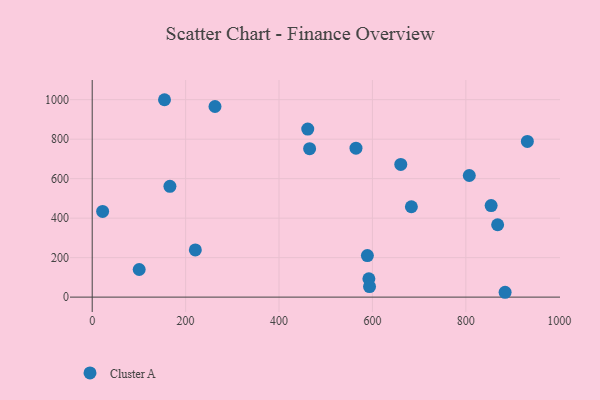
{"axis": {"x": "Experience", "y": "Exam Score"}, "legend": ["Cluster A"], "data": [{"x": "262.9", "y": 965.5, "type": "Cluster A"}, {"x": "683.4", "y": 457.7, "type": "Cluster A"}, {"x": "589.2", "y": 210.3, "type": "Cluster A"}, {"x": "166.4", "y": 561.1, "type": "Cluster A"}, {"x": "660.7", "y": 671.9, "type": "Cluster A"}, {"x": "465.5", "y": 751.7, "type": "Cluster A"}, {"x": "100.6", "y": 139.9, "type": "Cluster A"}, {"x": "22.3", "y": 433.8, "type": "Cluster A"}, {"x": "868.1", "y": 366.4, "type": "Cluster A"}, {"x": "461.5", "y": 851.0, "type": "Cluster A"}, {"x": "854.2", "y": 463.4, "type": "Cluster A"}, {"x": "884.1", "y": 24.5, "type": "Cluster A"}, {"x": "807.4", "y": 615.8, "type": "Cluster A"}, {"x": "564.8", "y": 754.5, "type": "Cluster A"}, {"x": "931.8", "y": 788.5, "type": "Cluster A"}, {"x": "592.4", "y": 93.0, "type": "Cluster A"}, {"x": "593.8", "y": 53.2, "type": "Cluster A"}, {"x": "154.8", "y": 999.7, "type": "Cluster A"}, {"x": "220.8", "y": 239.2, "type": "Cluster A"}]}